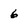
Character: 6